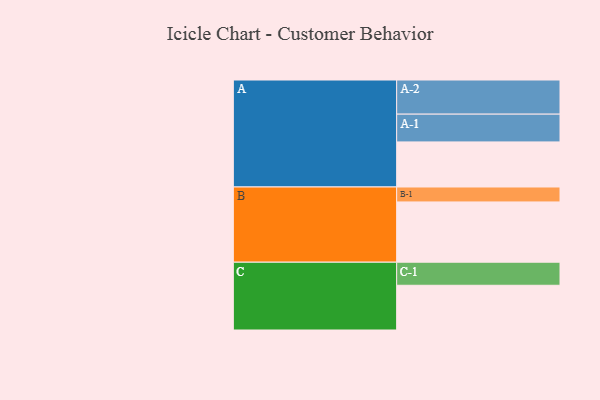
{"axis": {"x": "Segment", "y": "Value"}, "legend": ["", "A", "B", "C"], "data": [{"x": "A", "y": 383, "type": ""}, {"x": "B", "y": 512, "type": ""}, {"x": "C", "y": 380, "type": ""}, {"x": "A-1", "y": 236, "type": "A"}, {"x": "A-2", "y": 290, "type": "A"}, {"x": "B-1", "y": 127, "type": "B"}, {"x": "C-1", "y": 196, "type": "C"}]}